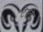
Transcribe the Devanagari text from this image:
टेरते